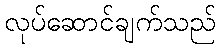
လုပ်ဆောင်ချက်သည်